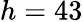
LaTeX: h=43